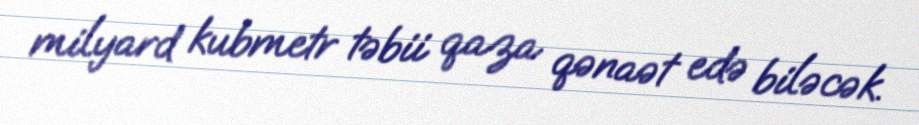
milyard kubmetr təbii qaza qənaət edə biləcək.